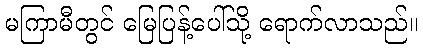
မကြာမီတွင် မြေပြန့်ပေါ်သို့ ရောက်လာသည်။